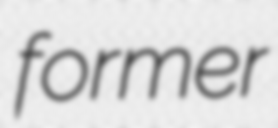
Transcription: former